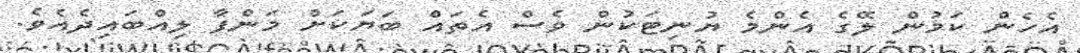
އެހެން ކަމުން ލޭގެ އެންމެ ޔުނިޓަކުން ވެސް އެތައް ބަޔަކަށް މަންފާ ލިއްބައިދެއެވެ.